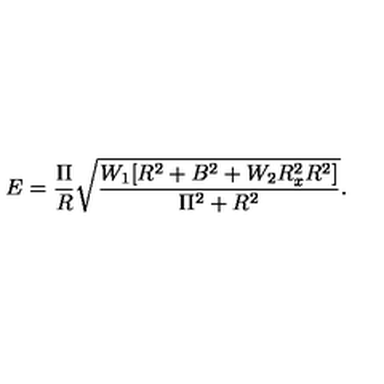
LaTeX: E = \frac { \Pi } { R } \sqrt { \frac { W _ { 1 } [ R ^ { 2 } + B ^ { 2 } + W _ { 2 } R _ { x } ^ { 2 } R ^ { 2 } ] } { \Pi ^ { 2 } + R ^ { 2 } } } .